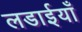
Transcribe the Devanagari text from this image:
लडाईयाँ